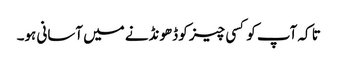
تا کہ آپ کو کسی چیز کو ڈھونڈنے میں آسانی ہو۔